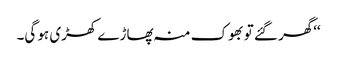
‘‘گھر گئے تو بھوک منہ پھاڑے کھڑی ہو گی۔